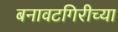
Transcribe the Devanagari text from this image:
बनावटगिरीच्या